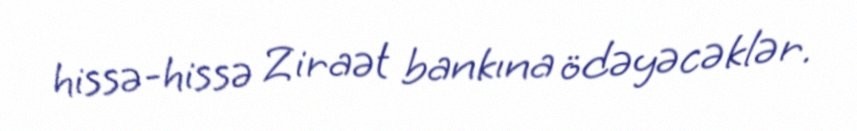
hissə-hissə Ziraət bankına ödəyəcəklər.